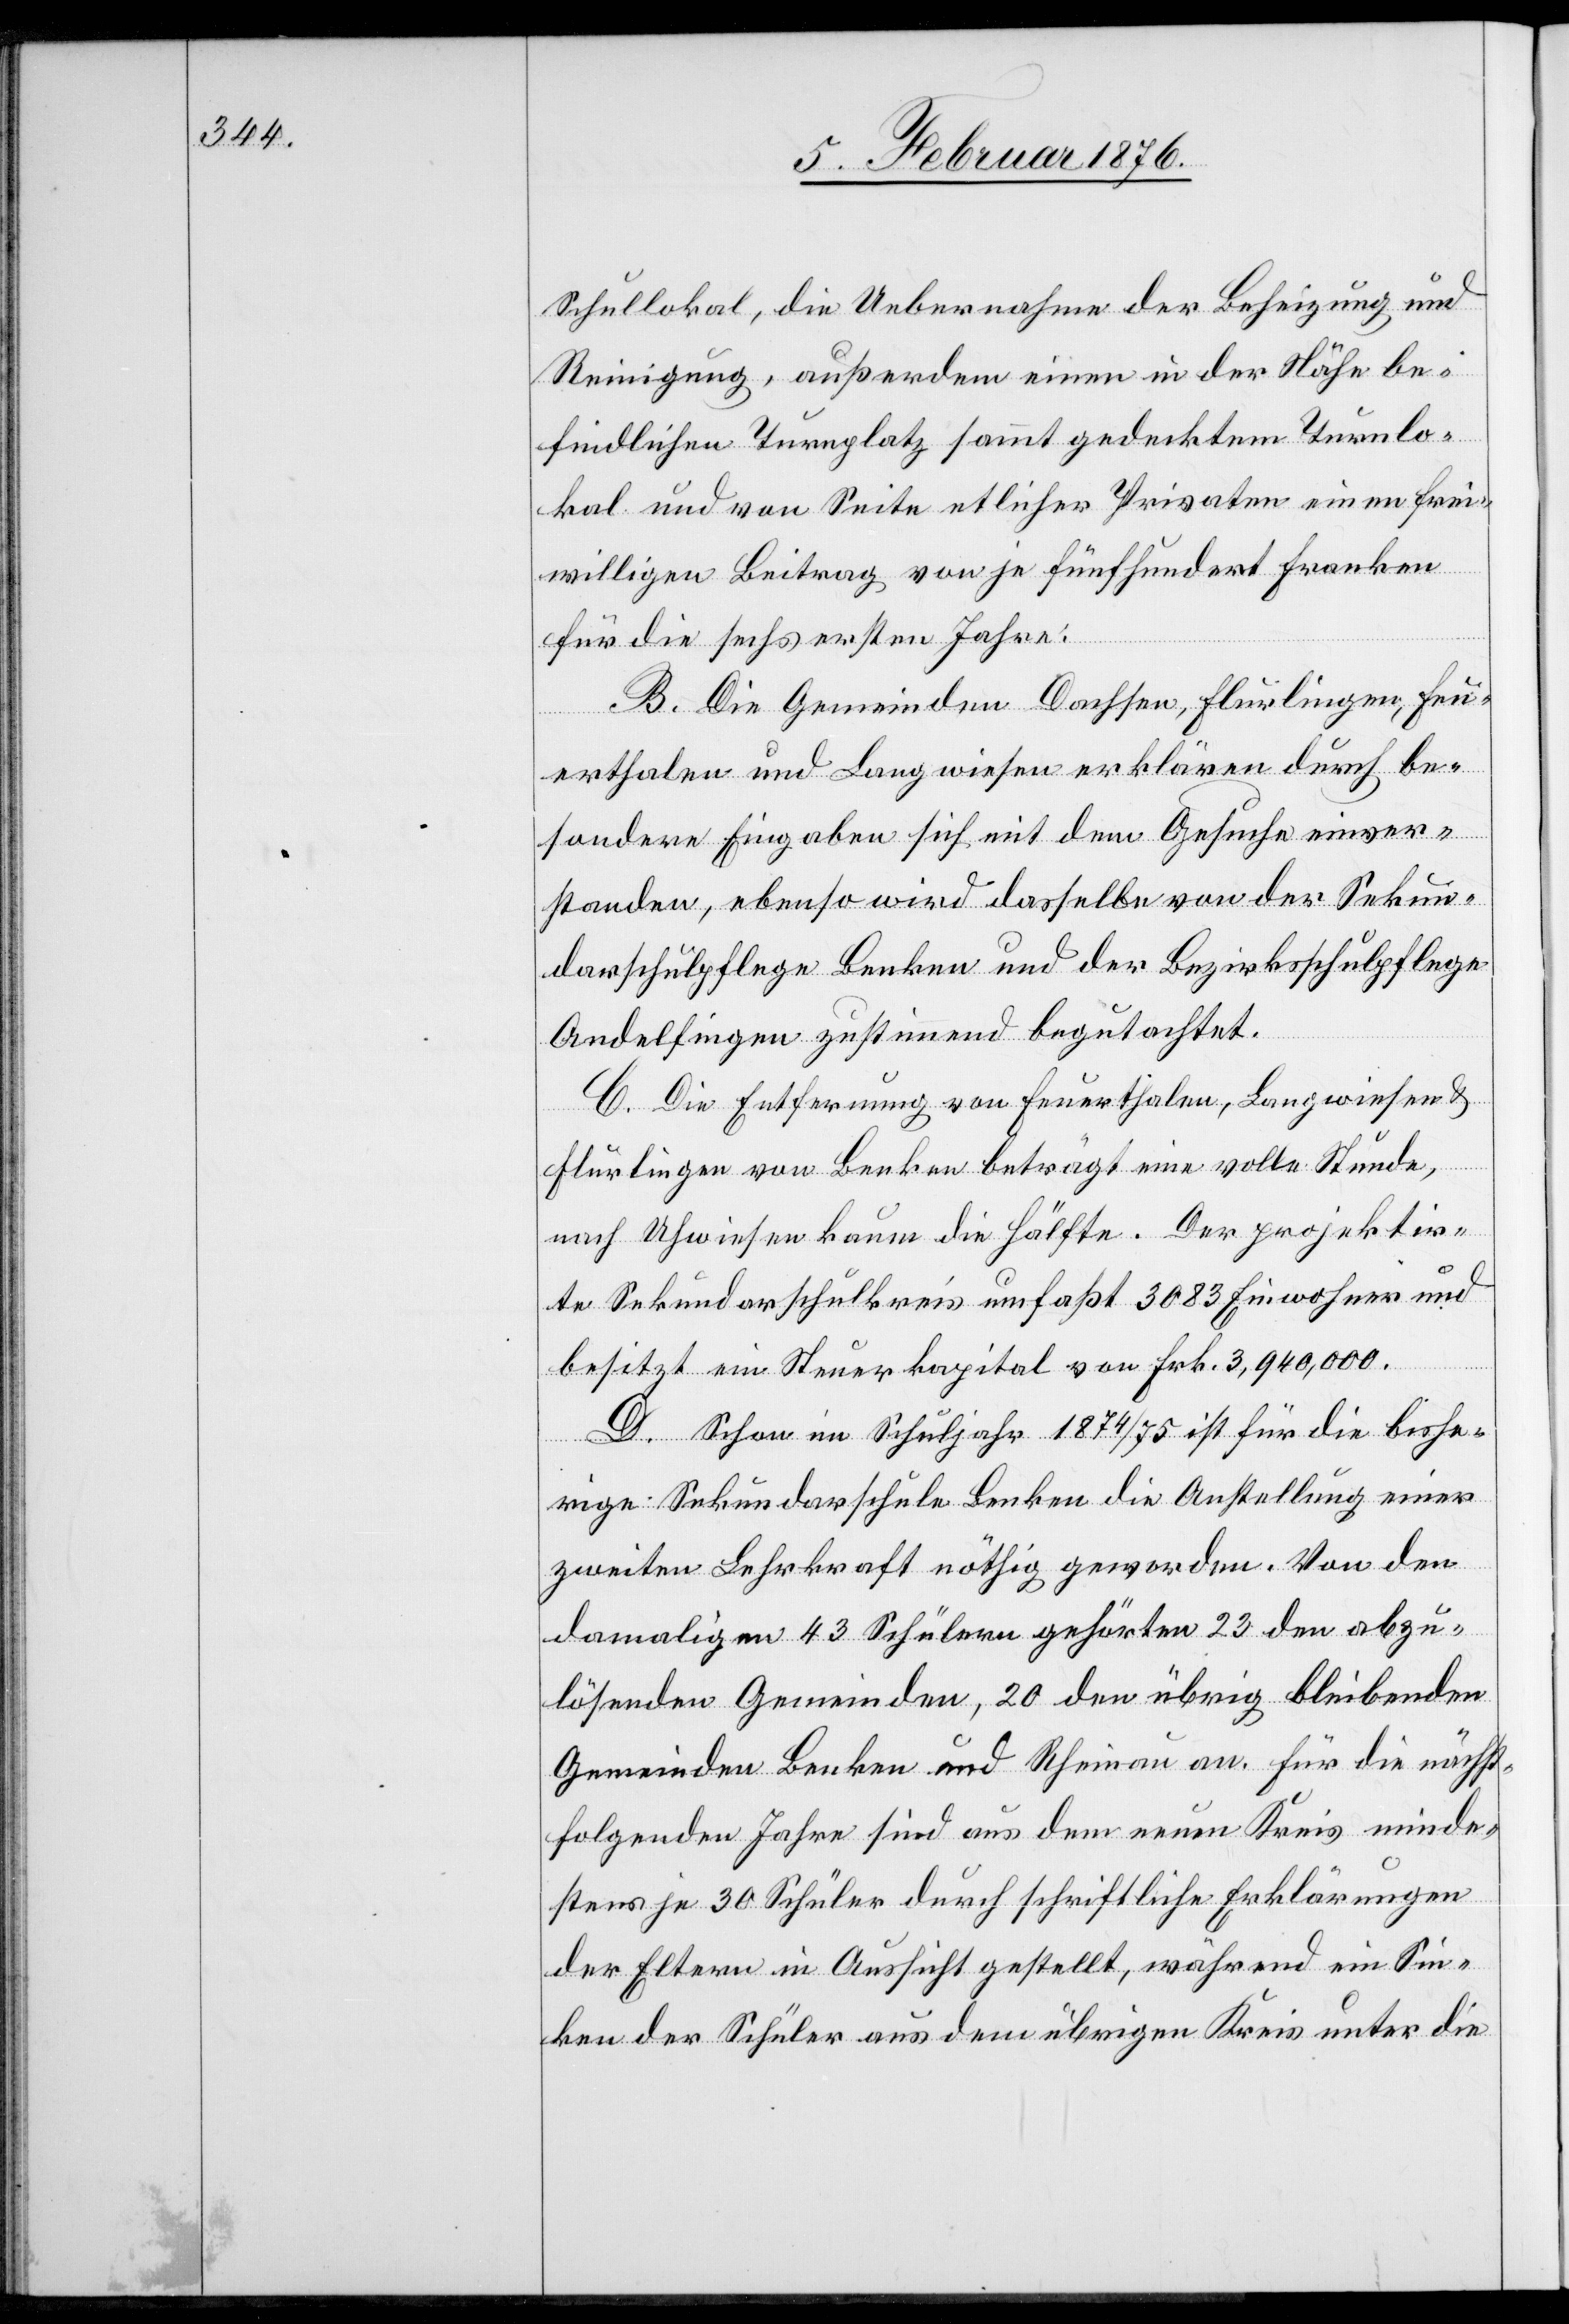
Schullokal, die Uebernahme der Beheizung und
Reinigung, außerdem einen in der Höhe be¬
findlichen Turnplatz sammt gedecktem Turnlo¬
kal und von Seite etlicher Privaten einen frei¬
willigen Beitrag von je fünfhundert Franken
B. Die Gemeinden Dachsen, Flurlingen, Feu¬
erthalen und Langwiesen erklären durch be¬
sondere Eingabe sich mit dem Gesuche einver¬
standen, ebenso wird dasselbe von der Sekun¬
darschulpflege Benken und der Bezirksschulpflege
Andelfingen zustimmend begutachtet.
C. Die Entfernung von Feuerthalen, Langwiesen &
die
Flurlingen von Benken beträgt eine volle Stunde,
nach Uhwiesen kaum die Hälfte. Der projektir¬
te Sekundarschulkreis umfaßt 3083 Einwohner und
besitzt ein Steuerkapital von Frk. 3,940,000.
D. Schon im Schuljahr 1874/75 ist für die bishe¬
rige Sekundarschule Benken die Anstellung einer
zweiten Lehrkragt nöthig geworden. Von den
damaligen 43 Schülern gehörten 23 den abzu¬
lösenden Gemeinden, 20 den übrig bleibenden
Gemeinden Benken und Rheinau an, für die nächst¬
folgenden Jahre sind aus dem neuen Kreis minde¬
stens je 30 Schüler durch schriftliche Erklärungen
der Eltern in Aussicht gestellt, während ein Sin¬
ken der Schüler aus dem übrigen Kreis unter die